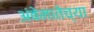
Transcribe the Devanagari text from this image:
अंबेमातेच्या